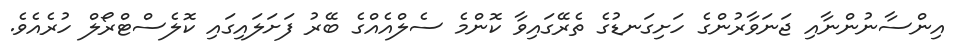
އިންސާނުންނާއި ޖަނަވާރުންގެ ހަށިގަނޑުގެ ތެރޭގައިވާ ކޮންމެ ސެލްއެއްގެ ބޭރު ފަށަލައިގައި ކޮލެސްޓްރޯލް ހުރެއެވެ.